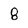
Character: 8